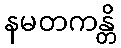
နမတကန္တိ